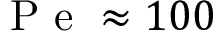
\mathrm { ~ P ~ e ~ } \approx 1 0 0